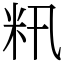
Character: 籸